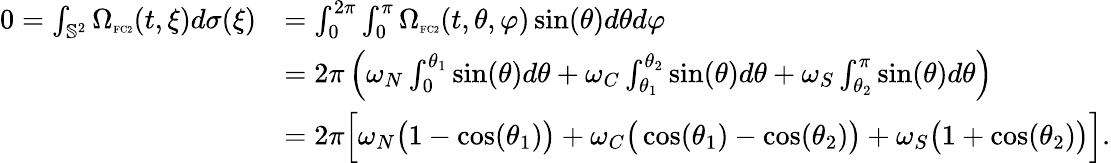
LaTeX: \begin{array}{rl}{0=\int_{\mathbb{S}^{2}}\Omega_{\textnormal{\tiny{FC2}}}(t,\xi)d\sigma(\xi)}&{=\int_{0}^{2\pi}\int_{0}^{\pi}\Omega_{\textnormal{\tiny{FC2}}}(t,\theta,\varphi)\sin(\theta)d\theta d\varphi}\\ &{=2\pi\left(\omega_{N}\int_{0}^{\theta_{1}}\sin(\theta)d\theta+\omega_{C}\int_{\theta_{1}}^{\theta_{2}}\sin(\theta)d\theta+\omega_{S}\int_{\theta_{2}}^{\pi}\sin(\theta)d\theta\right)}\\ &{=2\pi\Big[\omega_{N}\big(1-\cos(\theta_{1})\big)+\omega_{C}\big(\cos(\theta_{1})-\cos(\theta_{2})\big)+\omega_{S}\big(1+\cos(\theta_{2})\big)\Big].}\end{array}